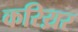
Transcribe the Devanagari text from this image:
करिय़र